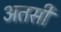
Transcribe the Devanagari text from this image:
अतसी